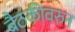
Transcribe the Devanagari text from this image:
बैठकीवरुन